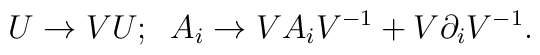
U\rightarrow VU;\;\;A_i\rightarrow VA_iV^{-1}+V\partial_iV^{-1}.